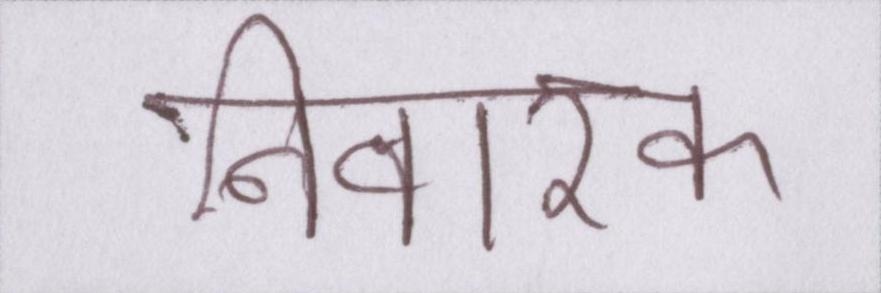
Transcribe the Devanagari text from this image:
निवारक